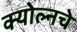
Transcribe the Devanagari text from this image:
क्योल्नचे